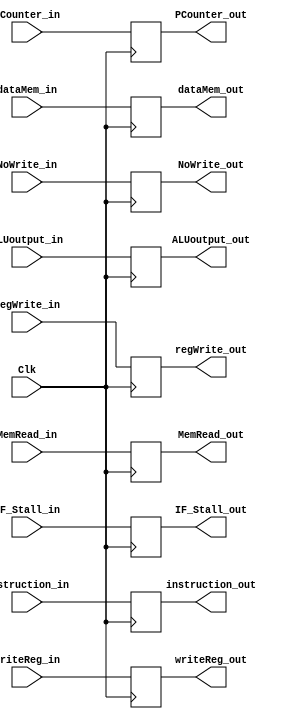
`timescale 1ns / 1ps
//////////////////////////////////////////////////////////////////////////////////
// Company: 
// Engineer: 
// 
// Design Name: 
// Module Name: M_WB_Buffer
// Project Name: 
// Target Devices: 
// Tool Versions: 
// Description: 
// 
// Dependencies: 
// 
// Revision:
// Revision 0.01 - File Created
// Additional Comments:
// 
//////////////////////////////////////////////////////////////////////////////////

/*   MEM_WB_Buffer buffer_4(MEM_instruction, MEM_RegWrite, MEM_DataMemOut, MEM_hilowriteout, MEM_WriteReg, MEM_NoWrite, MEM_MemRead,
                 WB_instruction, WB_RegWrite, WB_DataMemOut, WB_hilowriteout, WB_WriteReg, WB_NoWrite, WB_MemRead, Clk);  */

module MEM_WB_Buffer(instruction_in, regWrite_in, dataMem_in, ALUoutput_in, writeReg_in, NoWrite_in, MemRead_in,
                    instruction_out, regWrite_out, dataMem_out, ALUoutput_out, writeReg_out, NoWrite_out, MemRead_out, Clk,
                    IF_Stall_in, IF_Stall_out, PCounter_in, PCounter_out);

input [31:0] dataMem_in, ALUoutput_in, instruction_in, PCounter_in;

input [4:0] writeReg_in;

input regWrite_in, Clk, NoWrite_in, MemRead_in, IF_Stall_in;

output reg [31:0] ALUoutput_out, dataMem_out, instruction_out, PCounter_out;

output reg [4:0] writeReg_out;

output reg regWrite_out, NoWrite_out, MemRead_out, IF_Stall_out;

        initial begin
            instruction_out = 0;
            ALUoutput_out = 0;
            dataMem_out = 0;
            writeReg_out =0;
            regWrite_out = 0;
            NoWrite_out = 0;
            MemRead_out = 0;
            IF_Stall_out = 0;
            PCounter_out = 0;
        end        

    always@(posedge Clk) begin
    
        instruction_out <= instruction_in;
        ALUoutput_out <= ALUoutput_in;
        dataMem_out <= dataMem_in;
        IF_Stall_out <= IF_Stall_in;
        
        writeReg_out <= writeReg_in;
        
        regWrite_out <= regWrite_in;
        NoWrite_out <= NoWrite_in;
        MemRead_out <= MemRead_in;
        MemRead_out <= MemRead_in;
        PCounter_out <= PCounter_in;
        
        end

endmodule